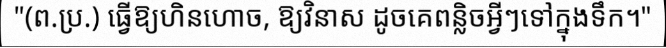
"(ព.ប្រ.) ធ្វើឱ្យហិនហោច, ឱ្យវិនាស ដូចគេពន្លិចអ្វីៗទៅក្នុងទឹក។"